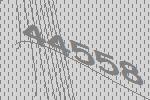
44558